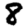
Digit: 8